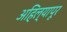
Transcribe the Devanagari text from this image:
अहिल्यापूर